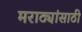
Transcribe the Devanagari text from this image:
मराठ्यांसाठी